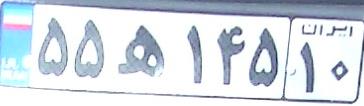
۵۵ه۱۴۵۱۰